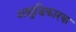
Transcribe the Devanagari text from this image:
अशुद्धिकारक